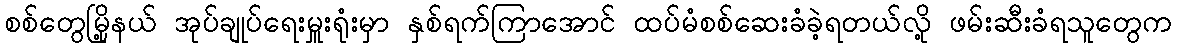
စစ်တွေမြို့နယ် အုပ်ချုပ်ရေးမှူးရုံးမှာ နှစ်ရက်ကြာအောင် ထပ်မံစစ်ဆေးခံခဲ့ရတယ်လို့ ဖမ်းဆီးခံရသူတွေက